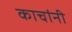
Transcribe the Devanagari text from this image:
काचांनी